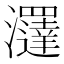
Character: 𤄢